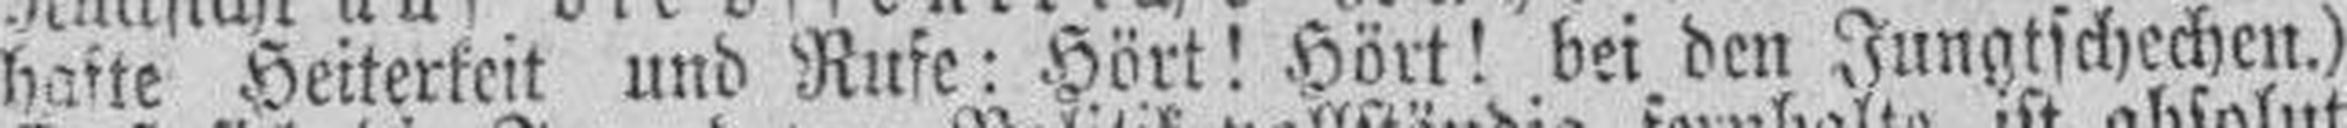
hafte Heiterkeit und Rufe: Hört! Hört! bei den Jungtschechen.)